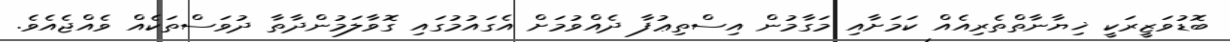
ބޮޑުވަޒީރަކީ ޚިޔާނާތްތެރިއެއް ކަމަށާއި މަގާމުން އިސްތިޢުފާ ދެއްވުމަށް އެގައުމުގައި ގޮވާލަމުންދާތާ ދުވަސްތަކެއް ވެއްޖެއެވެ.